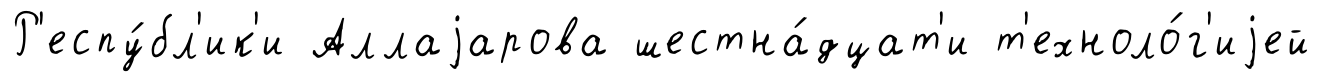
Р'еспу́бл'ик'и Аллаjарова шестна́дцат'и т'ехноло́г'иjей